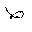
Letter: _da